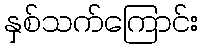
နှစ်သက်ကြောင်း